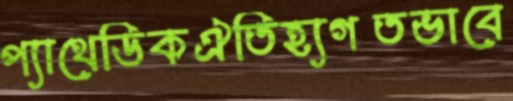
প্যাথেডিকঐতিহ্যগতভাবে